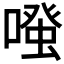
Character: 𠽟